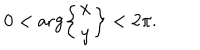
0 < \arg \left\{ { x \atop y } \right\} < 2 \pi .